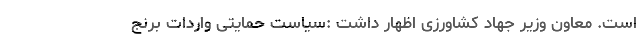
است. معاون وزیر جهاد کشاورزی اظهار داشت :سیاست حمایتی واردات برنج